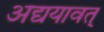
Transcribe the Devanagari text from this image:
अद्ययावत्